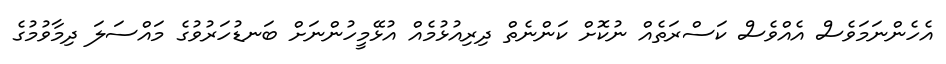
އެހެންނަމަވެސް އެއްވެސް ކަސްރަތެއް ނުކޮށް ކަންނެތް ދިރިއުޅުމެއް އުޅޭމީހުންނަށް ބަނޑުހަރުވުގެ މައްސަލަ ދިމާވުމުގެ